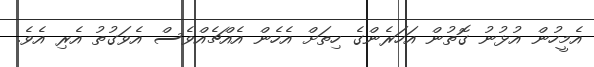
އެމީހުން އުޅުނު ގޮތުން އަހަރެންގެ ހިތަށް އެހެން އެއްޗެއްވެސް އެވަގުތު އެރި އެވެ.